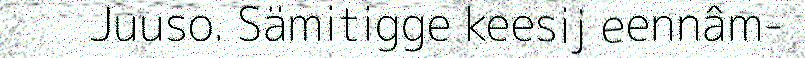
Juuso. Sämitigge keesij eennâm-